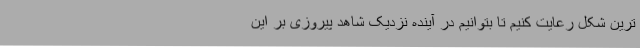
ترین شکل رعایت کنیم تا بتوانیم در آینده نزدیک شاهد پیروزی بر این